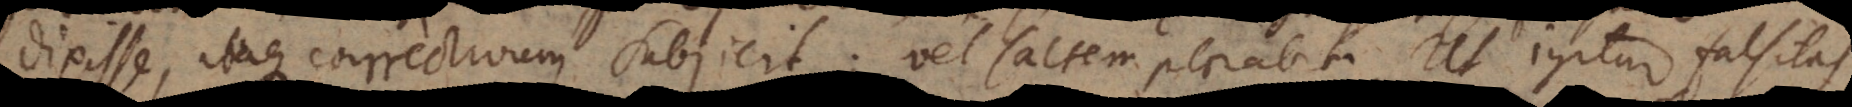
ixisse, itaque correctivum subjicit; vel saltem plorabit. Ut igitur falsitas